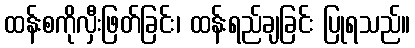
ထန်းစကိုလှီးဖြတ်ခြင်း၊ ထန်းရည်ချခြင်း ပြုရသည်။